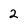
Character: 2